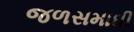
જળસમાઘી